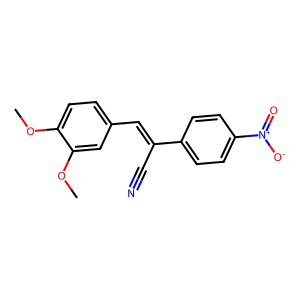
SMILES: COc1ccc(C=C(C#N)c2ccc([N+](=O)[O-])cc2)cc1OC
Inhibits HIV replication: Yes